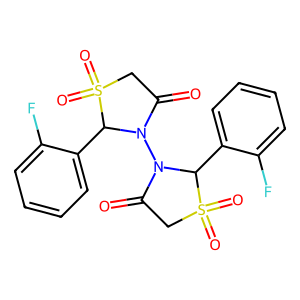
SMILES: O=C1CS(=O)(=O)C(c2ccccc2F)N1N1C(=O)CS(=O)(=O)C1c1ccccc1F
Inhibits HIV replication: No